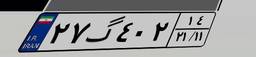
۰۹گ۰۳۵۳۲